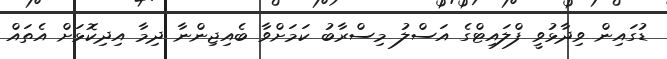
ޑުގައިން ވިދާޅުވީ ފްލައިޓްގެ އަަސްލު މިސްރާބު ކަމަށްވާ ބެއިޖިންނާ ދިމާ އިދިކޮޅަށް އެތައް